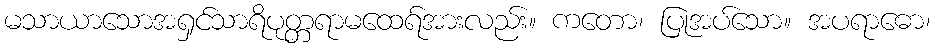
မသာယာသောအရှင်သာရိပုတ္တရာမထေရ်အားလည်း။ ကတော၊ ပြုအပ်သော။ အပရာဓော၊